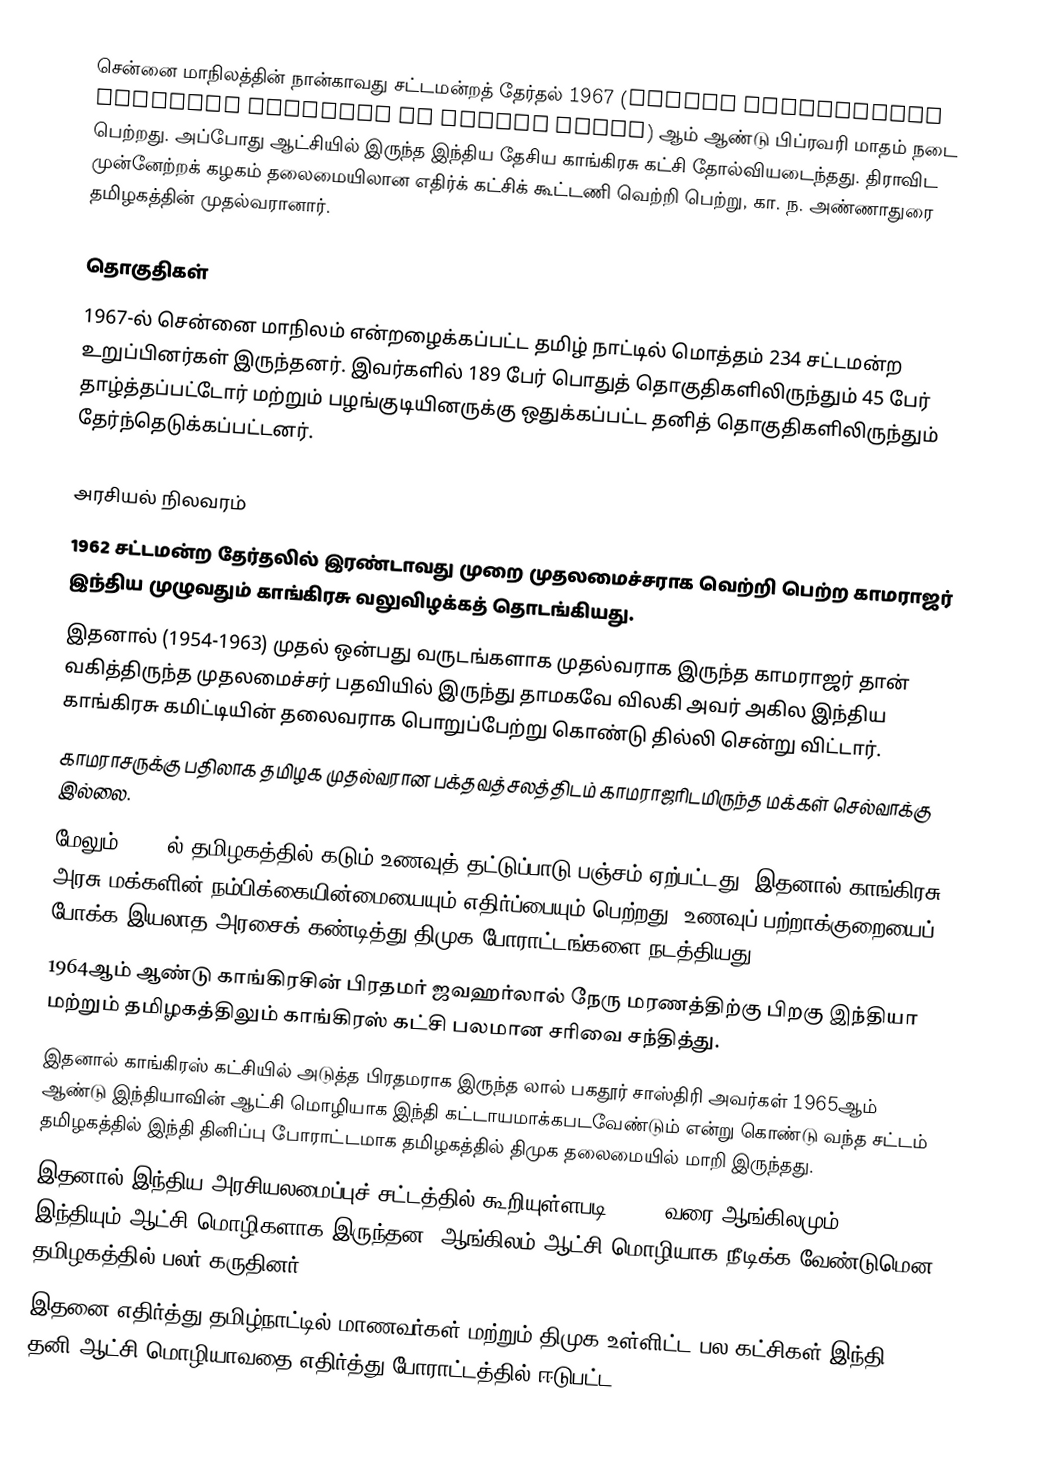
சென்னை மாநிலத்தின் நான்காவது சட்டமன்றத் தேர்தல் 1967 (Fourth legislative assembly election of Madras State) ஆம் ஆண்டு பிப்ரவரி மாதம் நடை பெற்றது. அப்போது ஆட்சியில் இருந்த இந்திய தேசிய காங்கிரசு கட்சி தோல்வியடைந்தது. திராவிட முன்னேற்றக் கழகம் தலைமையிலான எதிர்க் கட்சிக் கூட்டணி வெற்றி பெற்று, கா. ந. அண்ணாதுரை தமிழகத்தின் முதல்வரானார்.

தொகுதிகள்
1967-ல் சென்னை மாநிலம் என்றழைக்கப்பட்ட தமிழ் நாட்டில் மொத்தம் 234 சட்டமன்ற உறுப்பினர்கள் இருந்தனர்.  இவர்களில் 189 பேர் பொதுத் தொகுதிகளிலிருந்தும் 45 பேர் தாழ்த்தப்பட்டோர் மற்றும் பழங்குடியினருக்கு ஒதுக்கப்பட்ட தனித் தொகுதிகளிலிருந்தும் தேர்ந்தெடுக்கப்பட்டனர்.

அரசியல் நிலவரம்
 1962 சட்டமன்ற தேர்தலில் இரண்டாவது முறை முதலமைச்சராக வெற்றி பெற்ற காமராஜர் இந்திய முழுவதும் காங்கிரசு வலுவிழக்கத் தொடங்கியது.
 இதனால் (1954-1963) முதல் ஒன்பது வருடங்களாக முதல்வராக இருந்த காமராஜர் தான் வகித்திருந்த முதலமைச்சர் பதவியில் இருந்து தாமகவே விலகி அவர் அகில இந்திய காங்கிரசு கமிட்டியின் தலைவராக பொறுப்பேற்று கொண்டு தில்லி சென்று விட்டார்.
 காமராசருக்கு பதிலாக தமிழக முதல்வரான பக்தவத்சலத்திடம் காமராஜரிடமிருந்த மக்கள் செல்வாக்கு இல்லை.
 மேலும் 1964-ல் தமிழகத்தில் கடும் உணவுத் தட்டுப்பாடு பஞ்சம் ஏற்பட்டது. இதனால் காங்கிரசு அரசு மக்களின் நம்பிக்கையின்மையையும் எதிர்ப்பையும் பெற்றது. உணவுப் பற்றாக்குறையைப் போக்க இயலாத அரசைக் கண்டித்து திமுக போராட்டங்களை நடத்தியது.
 1964ஆம் ஆண்டு காங்கிரசின் பிரதமர் ஜவஹர்லால் நேரு மரணத்திற்கு பிறகு இந்தியா மற்றும் தமிழகத்திலும் காங்கிரஸ் கட்சி பலமான சரிவை சந்தித்து.
 இதனால் காங்கிரஸ் கட்சியில் அடுத்த பிரதமராக இருந்த லால் பகதூர் சாஸ்திரி அவர்கள் 1965ஆம் ஆண்டு இந்தியாவின் ஆட்சி மொழியாக இந்தி கட்டாயமாக்கபடவேண்டும் என்று கொண்டு வந்த சட்டம் தமிழகத்தில் இந்தி தினிப்பு போராட்டமாக தமிழகத்தில் திமுக தலைமையில் மாறி இருந்தது.
 இதனால் இந்திய அரசியலமைப்புச் சட்டத்தில் கூறியுள்ளபடி, 1965 வரை ஆங்கிலமும், இந்தியும் ஆட்சி மொழிகளாக இருந்தன. ஆங்கிலம் ஆட்சி மொழியாக நீடிக்க வேண்டுமென தமிழகத்தில் பலர் கருதினர்.
 இதனை எதிர்த்து தமிழ்நாட்டில் மாணவர்கள் மற்றும் திமுக உள்ளிட்ட பல கட்சிகள் இந்தி தனி ஆட்சி மொழியாவதை எதிர்த்து போராட்டத்தில் ஈடுபட்ட